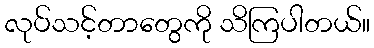
လုပ်သင့်တာတွေကို သိကြပါတယ်။